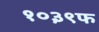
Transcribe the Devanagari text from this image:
१०३९फ